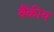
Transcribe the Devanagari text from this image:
बैंकीय